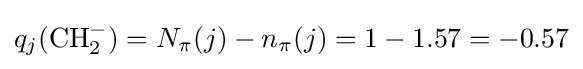
q_{j}(\mathrm {CH} _{2}^{-})=N_{\pi }(j)-n_{\pi }(j)=1-1.57=-0.57